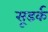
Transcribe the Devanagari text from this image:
सूडर्क